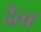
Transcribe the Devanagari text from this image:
दैत्व